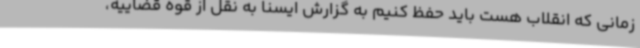
زمانی که انقلاب هست باید حفظ کنیم به گزارش ایسنا به نقل از قوه قضاییه،